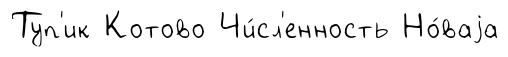
Туп'ик Котово Чи́сл'енность Но́ваjа